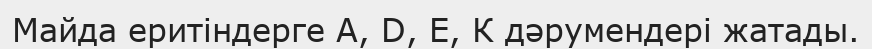
Майда еритіндерге А, D, Е, К дәрумендері жатады.